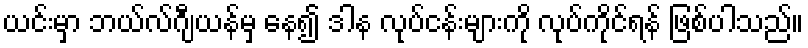
ယင်းမှာ ဘယ်လ်ဂျီယန်မှ နေ၍ ဒါန လုပ်ငန်းများကို လုပ်ကိုင်ရန် ဖြစ်ပါသည်။